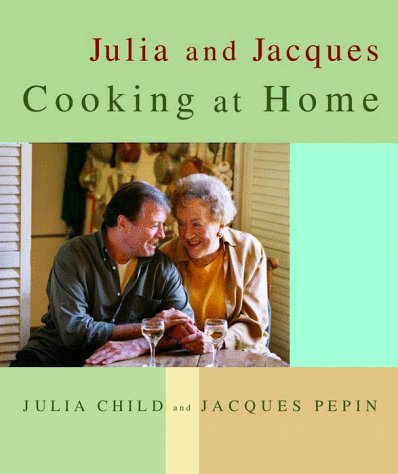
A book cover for Julia and Jacques Cooking at Home; Julia Child; Travel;